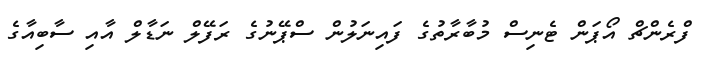
ފްރެންޗް އޯޕަން ޓެނިސް މުބާރާތުގެ ފައިނަލުން ސްޕޭނުގެ ރަފޭލް ނަޑާލް އާއި ސާބިއާގެ